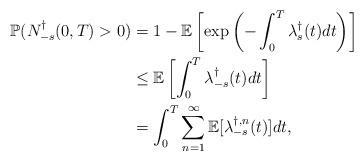
LaTeX: \begin{align*}\mathbb{P}(N_{-s}^{\dagger}(0,T)>0)&=1-\mathbb{E}\left[\exp\left(-\int_{0}^{T}\lambda_{s}^{\dagger}(t)dt\right)\right]\\&\leq\mathbb{E}\left[\int_{0}^{T}\lambda^{\dagger}_{-s}(t)dt\right]\\&=\int_{0}^{T}\sum_{n=1}^{\infty}\mathbb{E}[\lambda_{-s}^{\dagger,n}(t)]dt,\end{align*}